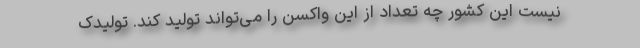
نیست این کشور چه تعداد از این واکسن را می‌تواند تولید کند. تولیدک